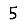
Digit: 5